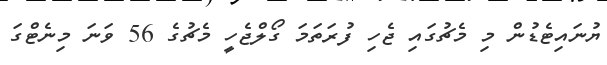
ޔުނައިޓެޑުން މި މެޗުގައި ޖެހި ފުރަތަމަ ގޯލްޖެހީ މެޗުގެ 56 ވަނަ މިނެޓްގަ